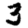
Digit: 3